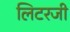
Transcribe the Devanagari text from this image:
लिटरजी